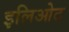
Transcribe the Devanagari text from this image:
इलिओट